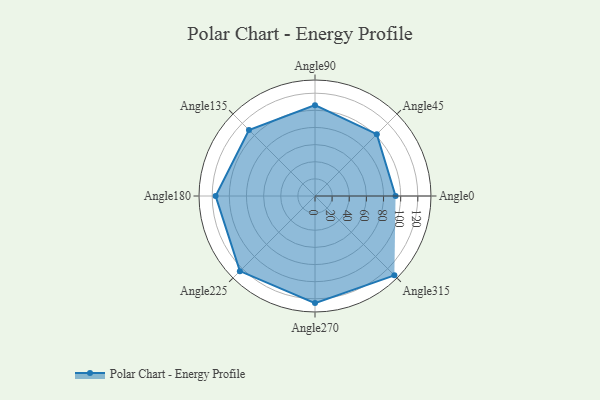
{"axis": {"x": "Angle", "y": "Radius"}, "legend": [""], "data": [{"x": "Angle0", "y": 94.0, "type": ""}, {"x": "Angle45", "y": 102.0, "type": ""}, {"x": "Angle90", "y": 106.0, "type": ""}, {"x": "Angle135", "y": 109.0, "type": ""}, {"x": "Angle180", "y": 116.0, "type": ""}, {"x": "Angle225", "y": 124.0, "type": ""}, {"x": "Angle270", "y": 125.0, "type": ""}, {"x": "Angle315", "y": 131.0, "type": ""}]}